Code of medical and sanitary regulations for the guidance of medical officers serving in the Madras Presidency - Volume I
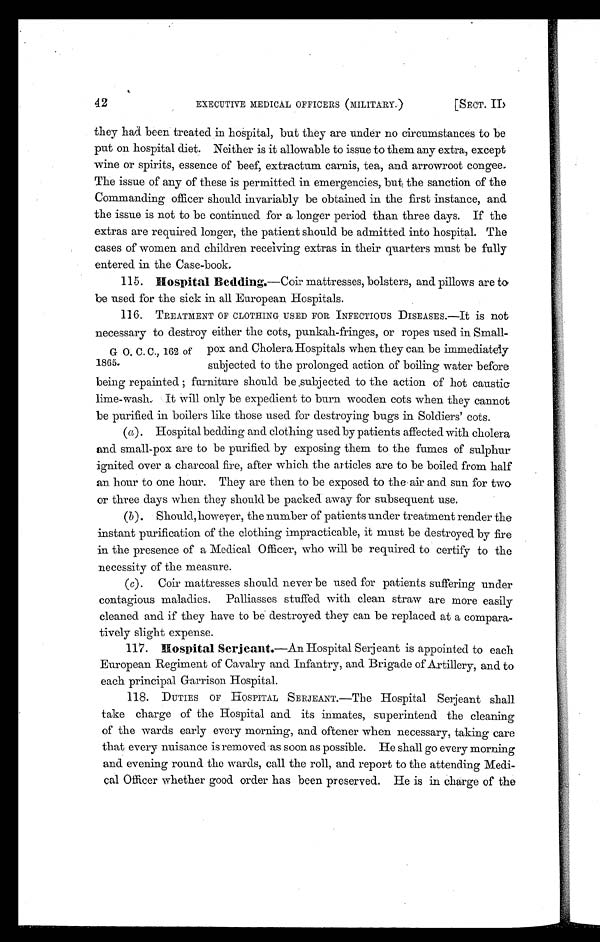
42
EXECUTIVE MEDICAL OFFICERS (MILITARY.)
[SECT. II)
they had been treated in hospital, but they are under no circumstances to be
put on hospital diet. Neither is it allowable to issue to them any extra, except
wine or spirits, essence of beef, extractum carnis, tea, and arrowroot congee.
The issue of any of these is permitted in emergencies, but the sanction of the
Commanding officer should invariably be obtained in the first instance, and
the issue is not to be continued for a longer period than three days. If the
extras are required longer, the patient should be admitted into hospital. The
cases of women and children receiving extras in their quarters must be fully
entered in the Case-book.
115. Hospital Bedding.—Coir mattresses, bolsters, and pillows are to
be used for the sick in all European Hospitals.
116. TREATMENT OF CLOTHING USED FOR INFECTIOUS DISEASES.—It is not
necessary to destroy either the cots, punkah-fringes, or ropes used in Small-
pox and Cholera Hospitals when they can be immediately
subjected to the prolonged action of boiling water before
being repainted ; furniture should be subjected to the action of hot caustic
lime-wash. It will only be expedient to burn wooden cots when they cannot
be purified in boilers like those used for destroying bugs in Soldiers' cots.
(a). Hospital bedding and clothing used by patients affected with cholera
and small-pox are to be purified by exposing them to the fumes of sulphur
ignited over a charcoal fire, after which the articles are to be boiled from half
an hour to one hour. They are then to be exposed to the air and sun for two
or three days when they should be packed away for subsequent use.
(b). Should, howeyer, the number of patients under treatment render the
instant purification of the clothing impracticable, it must be destroyed by fire
in the presence of a Medical Officer, who will be required to certify to the
necessity of the measure.
(c). Coir mattresses should never be used for patients suffering under
contagious maladies. Palliasses stuffed with clean straw are more easily
cleaned and if they have to be destroyed they can be replaced at a compara-
tively slight expense.
117. Hospital Serjeant.—An Hospital Serjeant is appointed to each
European Regiment of Cavalry and Infantry, and Brigade of Artillery, and to
each principal Garrison Hospital.
118. DUTIES OF HOSPITAL SERJEANT.—Th.e Hospital Serjeant shall
take charge of the Hospital and its inmates, superintend the cleaning
of the wards early every morning, and oftener when necessary, taking care
that every nuisance is removed as soon as possible. He shall go every morning
and evening round. the wards, call the roll, and report to the attending Medi-
cal Officer whether good order has been preserved. He is in charge of the
G O. C. C., 162 of
1865.